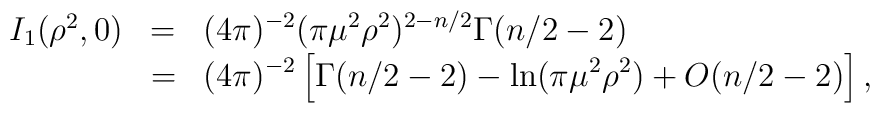
\begin{array}{rcl}I_1(\rho^2,0)&=&\displaystyle (4\pi)^{-2}(\pi\mu^2\rho^2)^{2-n/2}\Gamma(n/2-2)\\&=&\displaystyle (4\pi)^{-2}\left[\Gamma(n/2-2)-\ln(\pi\mu^2\rho^2)+O(n/2-2)\right],\end{array}